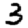
Digit: 3